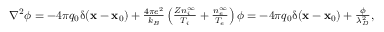
\begin{array} { r } { \nabla ^ { 2 } \phi = - 4 \pi q _ { 0 } \updelta ( \mathbf { x } - \mathbf { x } _ { 0 } ) + \frac { 4 \pi e ^ { 2 } } { k _ { B } } \left( \frac { Z n _ { i } ^ { \infty } } { T _ { i } } + \frac { n _ { e } ^ { \infty } } { T _ { e } } \right) \phi = - 4 \pi q _ { 0 } \updelta ( \mathbf { x } - \mathbf { x } _ { 0 } ) + \frac { \phi } { \lambda _ { D } ^ { 2 } } , } \end{array}